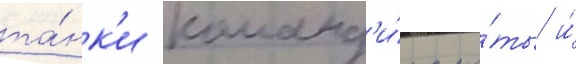
та́нк'и команд'и́ра ро́ты и́